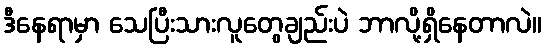
ဒီနေရာမှာ သေပြီးသားလူတွေချည်းပဲ ဘာလို့ရှိနေတာလဲ။